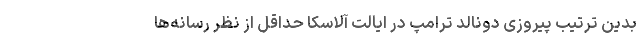
بدین ترتیب پیروزی دونالد ترامپ در ایالت آلاسکا حداقل از نظر رسانه‌ها